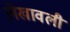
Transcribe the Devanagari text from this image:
लेखावली